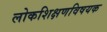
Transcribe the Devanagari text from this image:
लोकशिक्षणविषयक